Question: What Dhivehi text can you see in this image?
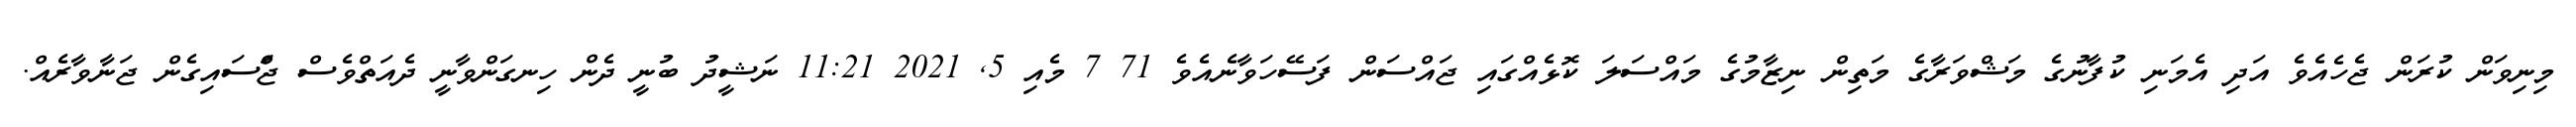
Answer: މިނިވަން ކުރަން ޖެހެއެވެ އަދި އެމަނި ކުފާނުގެ މަޝްވަރާގެ މަތިން ނިޒާމުގެ މައްސަލަ ކޮޅެއްގައި ޖައްސަން ފަސޭހަވާނެއެވެ 71 7 މެއި 5, 2021 11:21 ނަޝީދު ބުނީ ދެން ހިނގަންވާނީ ދެއަތްވެސް ޖަްްސައިގެން ޖަނާވާރެއް.